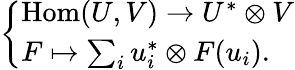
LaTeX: \left\{ \begin{array}{ll}{\mathrm{Hom}(U,V)\to U^{*}\otimes V}\\ {F\mapsto\sum_{i}u_{i}^{*}\otimes F(u_{i}).}\end{array}\right.